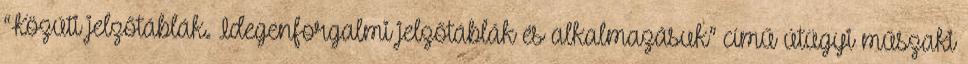
“Közúti jelzőtáblák. Idegenforgalmi jelzőtáblák és alkalmazásuk” című útügyi műszaki